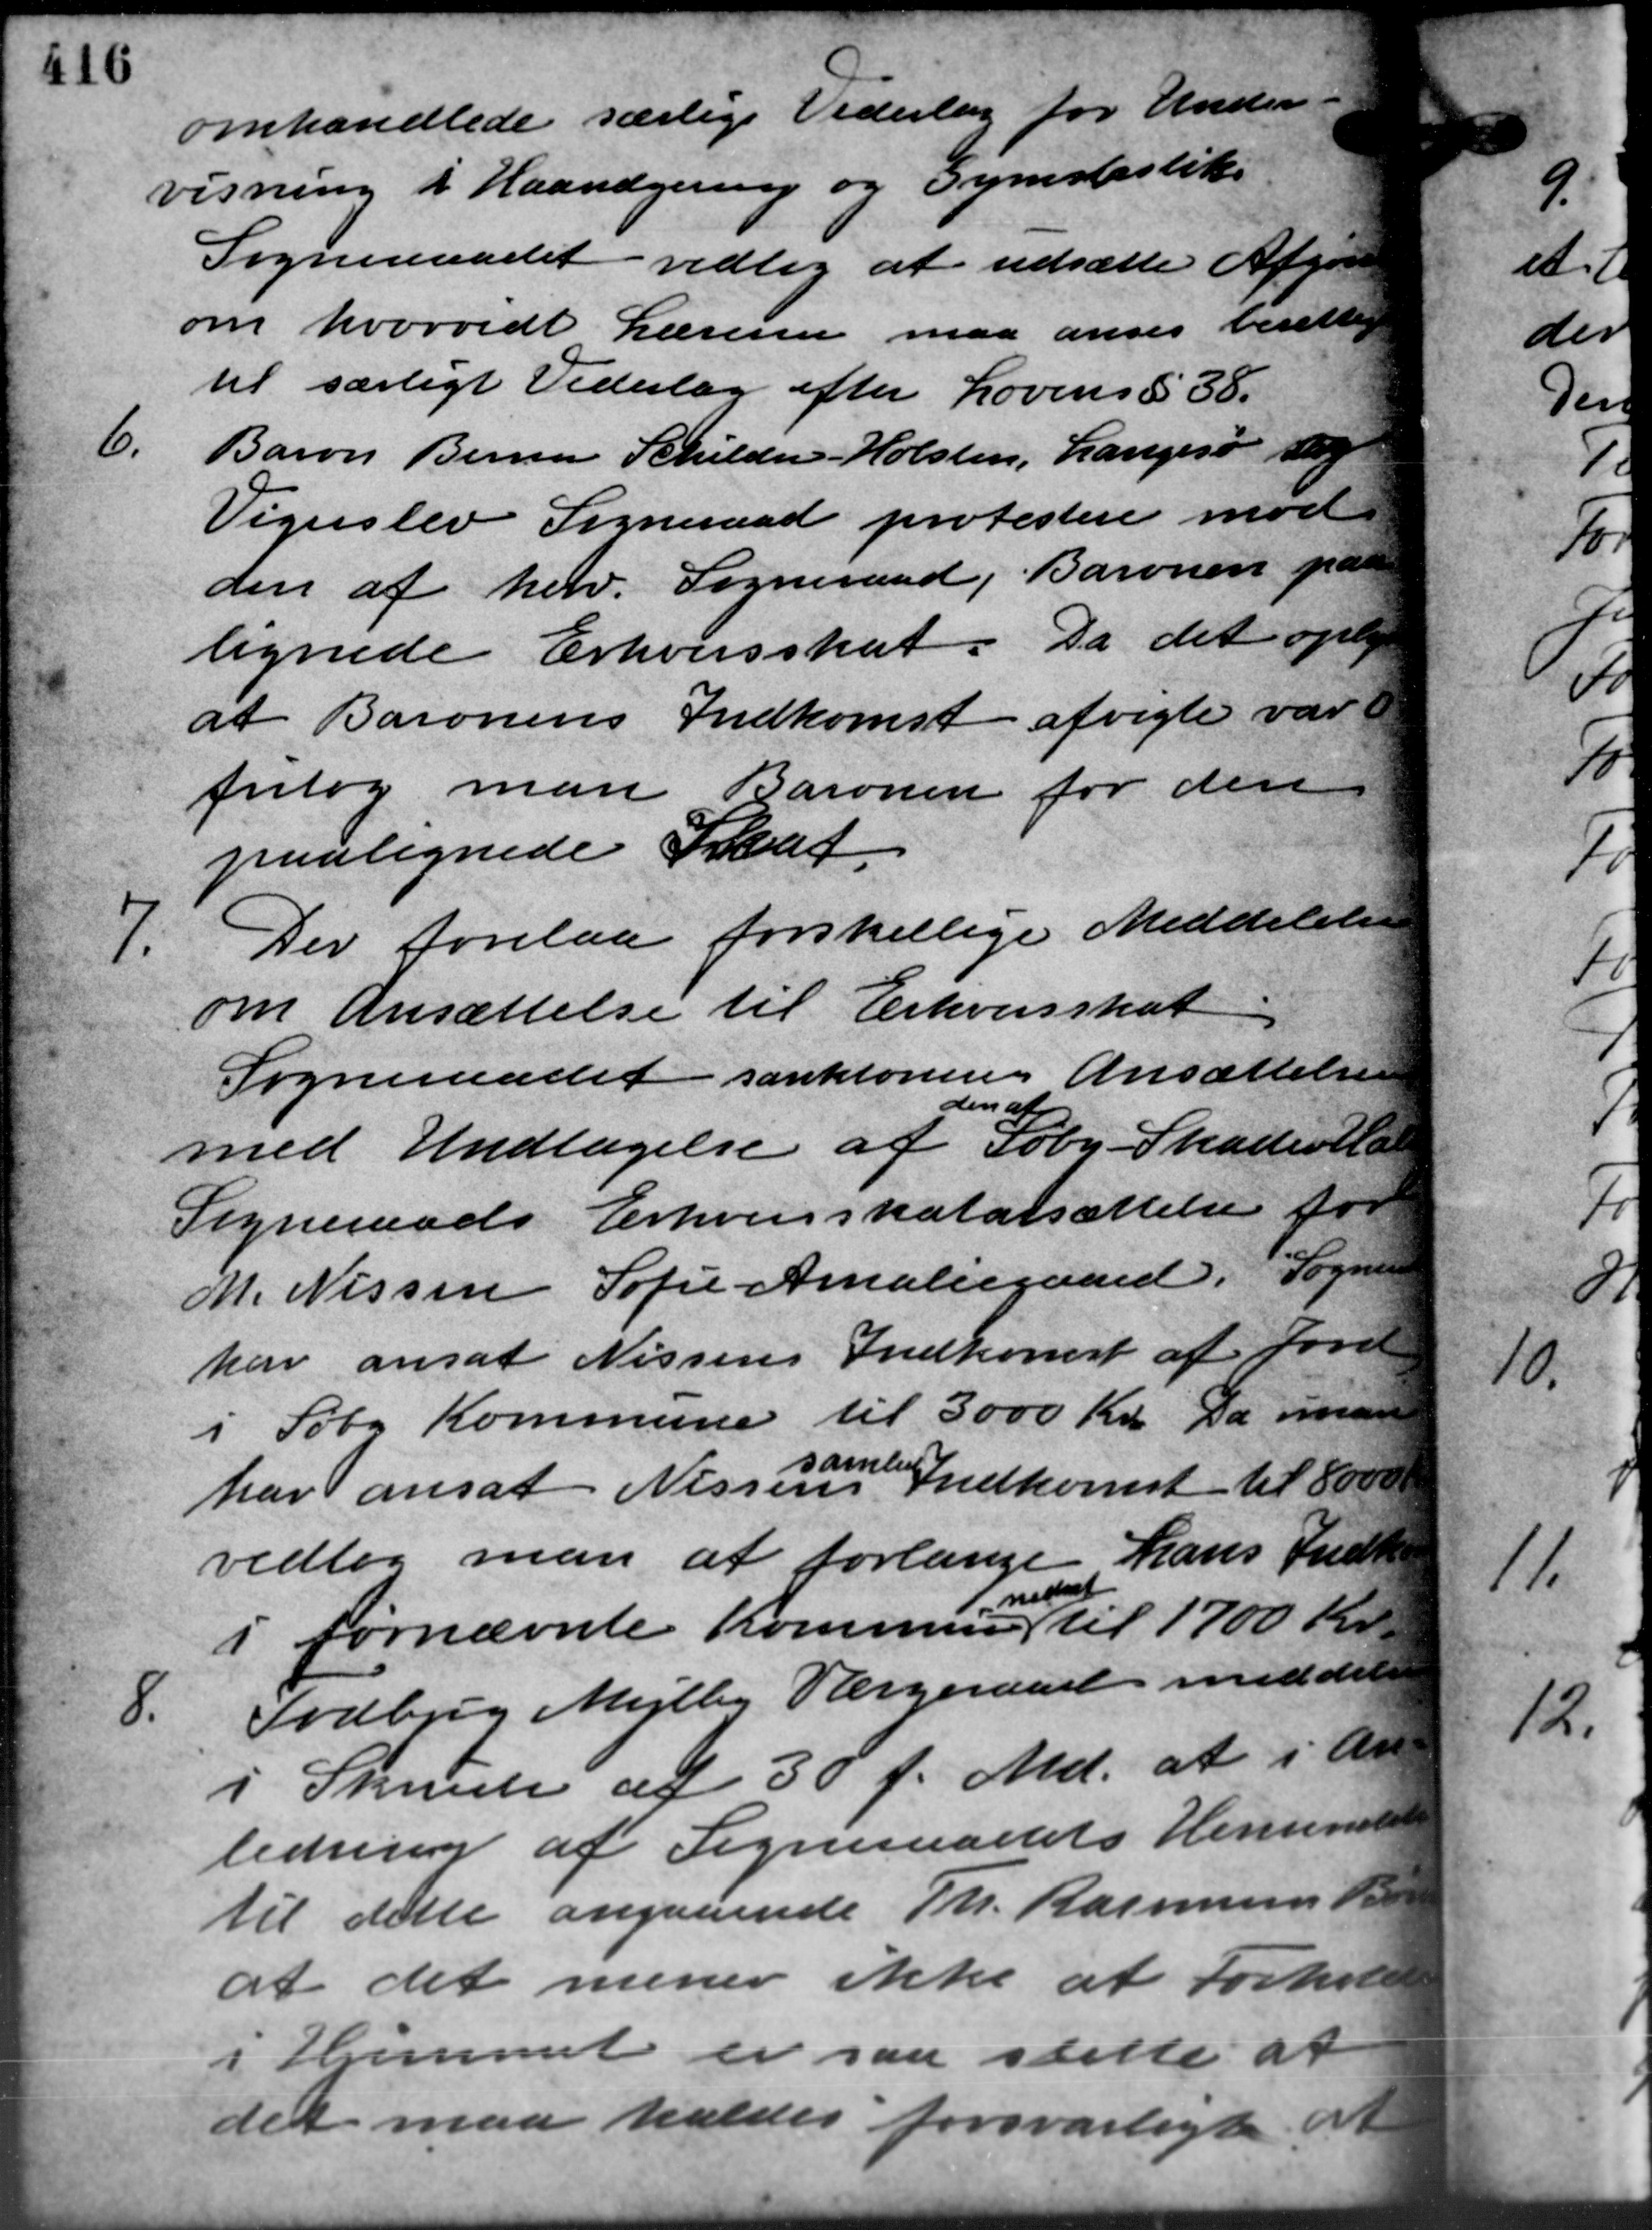
Transskription:
omhandlede særlige Vederlag for Unde
visning i Haandgering og Gymslistiks
Sogneraadet vedtog at udsætte Afgøre
om hvorvidt Læreren maa anses berettig
til særligt Vederlag efter Lovens § 38.
6.
Baron Berna Schilden-Holsten, Langesø dog
Vigerslev Sogneraad protestere mod
den af herv. Sogneraad, Baronen på
lignede Erhvervsskat. Da det oply
at Baronens Indkomst afvigte var
fritog man Baronen for den
paalignede Skat
7.
Der forelaa forskellige Meddelelse
om Ansættelse til Erhvervsskat
Sogneraadet sanktørens Ansættelse
med Undtagelse af Søby Skatterala
den af
Sogneraads Erhvervsskatarsættelse for
M. Nissen Sofie Amaliegaard. Sognera
har ansat Nisserer Indkomst af Jord
i Søby Kommune til 3000 Kr. Da man
har ansat Nisse Indkomst til 8000
vedtog man at forlange hans Indk
i førnævnte Kommune til 1700 Kr.
n t
8.
Todbjerg Mejlby Værgeraard meddeler
i Skrivelse af 30 f. Md. at i An
ledning af Sogneraadets Hensenste
til dette angaaende Th. Rasmussen
at det mener ikke at Forhold
i Hjemmet er saa stille at
det maa kaldes forsvarligt at